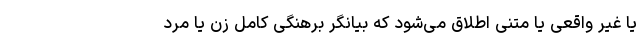
یا غیر واقعی یا متنی اطلاق می‌شود که بیانگر برهنگی کامل زن یا مرد